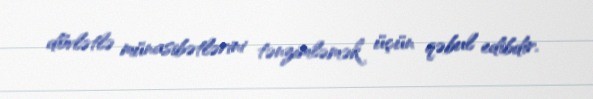
dövlətlə münasibətlərini tənzimləmək üçün qəbul edibdir.